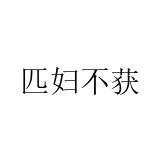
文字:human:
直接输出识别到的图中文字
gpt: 匹妇不获